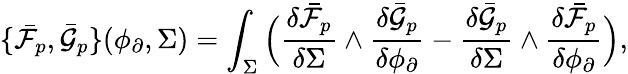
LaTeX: \{ \bar{\mathcal{F}}_{p},\bar{\mathcal{G}}_{p}\} (\phi_{\partial},\Sigma)=\int_{\Sigma}\Big(\frac{\delta\bar{\mathcal{F}}_{p}}{\delta\Sigma}\wedge\frac{\delta\bar{\mathcal{G}}_{p}}{\delta\phi_{\partial}}-\frac{\delta\bar{\mathcal{G}}_{p}}{\delta\Sigma}\wedge\frac{\delta\bar{\mathcal{F}}_{p}}{\delta\phi_{\partial}}\Big),